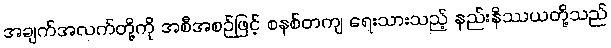
အချက်အလက်တို့ကို အစီအစဉ်ဖြင့် စနစ်တကျ ရေးသားသည့် နည်းနိဿယတို့သည်